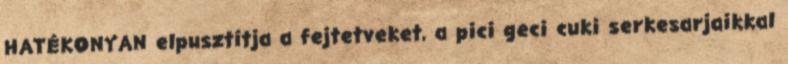
HATÉKONYAN elpusztítja a fejtetveket, a pici geci cuki serkesarjaikkal